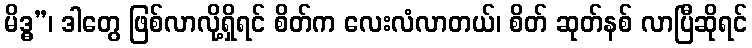
မိဒ္ဓ”၊ ဒါတွေ ဖြစ်လာလို့ရှိရင် စိတ်က လေးလံလာတယ်၊ စိတ် ဆုတ်နစ် လာပြီဆိုရင်